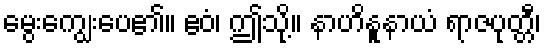
မွေးကျွေးပေ၏။ ဧဝံ၊ ဤသို့။ နာဟိနူနာယံ ရာဇပုတ္တီ၊